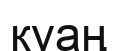
куаң